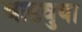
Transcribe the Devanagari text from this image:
वाढवुया